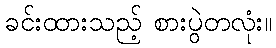
ခင်းထားသည့် စားပွဲတလုံး။